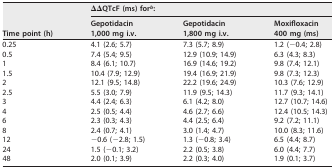
<table><thead><tr><td rowspan="2"><b>Time point (h)</b></td><td colspan="3"><b>ΔΔQTcF (ms) for<sup><i>b</i></sup>:</b></td></tr><tr><td><b>Gepotidacin 1,000 mg i.v.</b></td><td><b>Gepotidacin 1,800 mg i.v.</b></td><td><b>Moxifloxacin 400 mg (ms)</b></td></tr></thead><tbody><tr><td>0.25</td><td>4.1 (2.6; 5.7)</td><td>7.3 (5.7; 8.9)</td><td>1.2 (−0.4; 2.8)</td></tr><tr><td>0.5</td><td>7.4 (5.4; 9.5)</td><td>12.9 (10.9; 14.9)</td><td>6.3 (4.3; 8.3)</td></tr><tr><td>1</td><td>8.4 (6.1; 10.7)</td><td>16.9 (14.6; 19.2)</td><td>9.8 (7.4; 12.1)</td></tr><tr><td>1.5</td><td>10.4 (7.9; 12.9)</td><td>19.4 (16.9; 21.9)</td><td>9.8 (7.3; 12.3)</td></tr><tr><td>2</td><td>12.1 (9.5; 14.8)</td><td>22.2 (19.6; 24.9)</td><td>10.3 (7.6; 12.9)</td></tr><tr><td>2.5</td><td>5.5 (3.0; 7.9)</td><td>11.9 (9.5; 14.3)</td><td>11.7 (9.3; 14.1)</td></tr><tr><td>3</td><td>4.4 (2.4; 6.3)</td><td>6.1 (4.2; 8.0)</td><td>12.7 (10.7; 14.6)</td></tr><tr><td>4</td><td>2.5 (0.5; 4.4)</td><td>4.6 (2.7; 6.6)</td><td>12.4 (10.5; 14.3)</td></tr><tr><td>6</td><td>2.3 (0.3; 4.3)</td><td>4.4 (2.5; 6.4)</td><td>9.2 (7.2; 11.1)</td></tr><tr><td>8</td><td>2.4 (0.7; 4.1)</td><td>3.0 (1.4; 4.7)</td><td>10.0 (8.3; 11.6)</td></tr><tr><td>12</td><td>−0.6 (−2.8; 1.5)</td><td>1.3 (−0.8; 3.4)</td><td>6.5 (4.4; 8.7)</td></tr><tr><td>24</td><td>1.5 (−0.1; 3.2)</td><td>2.2 (0.5; 3.8)</td><td>6.0 (4.4; 7.7)</td></tr><tr><td>48</td><td>2.0 (0.1; 3.9)</td><td>2.2 (0.3; 4.0)</td><td>1.9 (0.1; 3.7)</td></tr></tbody></table>